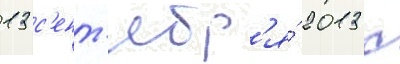
13 с'ент'ябр'я́ 2013 с